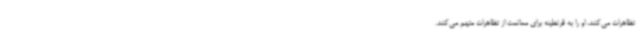
تظاهرات می‌کنند، او را به قرنطینه برای ممانعت از تظاهرات متهم می‌کنند.